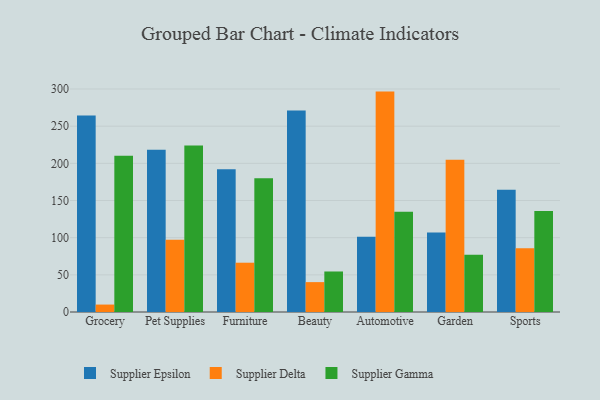
{"axis": {"x": "Category", "y": "Inventory Turnover"}, "legend": ["Supplier Delta", "Supplier Epsilon", "Supplier Gamma"], "data": [{"x": "Grocery", "y": 264.4, "type": "Supplier Epsilon"}, {"x": "Grocery", "y": 10.0, "type": "Supplier Delta"}, {"x": "Grocery", "y": 210.2, "type": "Supplier Gamma"}, {"x": "Pet Supplies", "y": 218.3, "type": "Supplier Epsilon"}, {"x": "Pet Supplies", "y": 97.3, "type": "Supplier Delta"}, {"x": "Pet Supplies", "y": 224.1, "type": "Supplier Gamma"}, {"x": "Furniture", "y": 192.2, "type": "Supplier Epsilon"}, {"x": "Furniture", "y": 66.3, "type": "Supplier Delta"}, {"x": "Furniture", "y": 179.9, "type": "Supplier Gamma"}, {"x": "Beauty", "y": 271.1, "type": "Supplier Epsilon"}, {"x": "Beauty", "y": 40.2, "type": "Supplier Delta"}, {"x": "Beauty", "y": 54.5, "type": "Supplier Gamma"}, {"x": "Automotive", "y": 101.2, "type": "Supplier Epsilon"}, {"x": "Automotive", "y": 296.5, "type": "Supplier Delta"}, {"x": "Automotive", "y": 135.0, "type": "Supplier Gamma"}, {"x": "Garden", "y": 106.9, "type": "Supplier Epsilon"}, {"x": "Garden", "y": 204.7, "type": "Supplier Delta"}, {"x": "Garden", "y": 77.1, "type": "Supplier Gamma"}, {"x": "Sports", "y": 164.4, "type": "Supplier Epsilon"}, {"x": "Sports", "y": 85.7, "type": "Supplier Delta"}, {"x": "Sports", "y": 135.8, "type": "Supplier Gamma"}]}